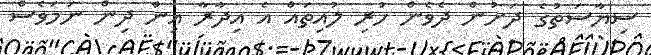
ސިޔާސަތުގެ ދަށުން ދެވެން ހުރި ލުއިތައް އެ އިދާރާ އިން ދިން ނަމަވެސް